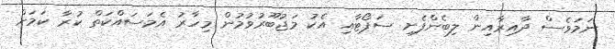
ނަމަވެސް ދާއިރާއިން ލިބެންފެށި ސަޕޯޓާއި އެކު މަޖުބޫރުވުމުން މިހާރު އެމަސައްކަތް ކުރާ ކަަމަށް